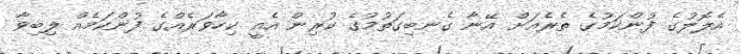
އެލޮލުގެ ފުންކަމުގެ ތެރެއަށް އޭނާ ގެނބިގަތުމުގެ ކުރިން އެއީ ކިހާވަރެއްގެ ފުންކަމެއް ލިބިވާ